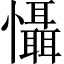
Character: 懾